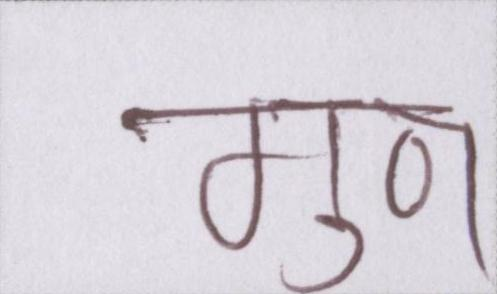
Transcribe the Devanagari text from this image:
गुण